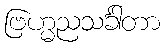
ဗြဟ္မညသင်္ခါတာ